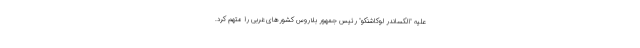
علیه "الکساندر لوکاشنکو" رئیس جمهور بلاروس کشورهای غربی را متهم کرد.